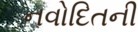
નવોદિતની